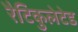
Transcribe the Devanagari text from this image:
रैटिकुलेटेड